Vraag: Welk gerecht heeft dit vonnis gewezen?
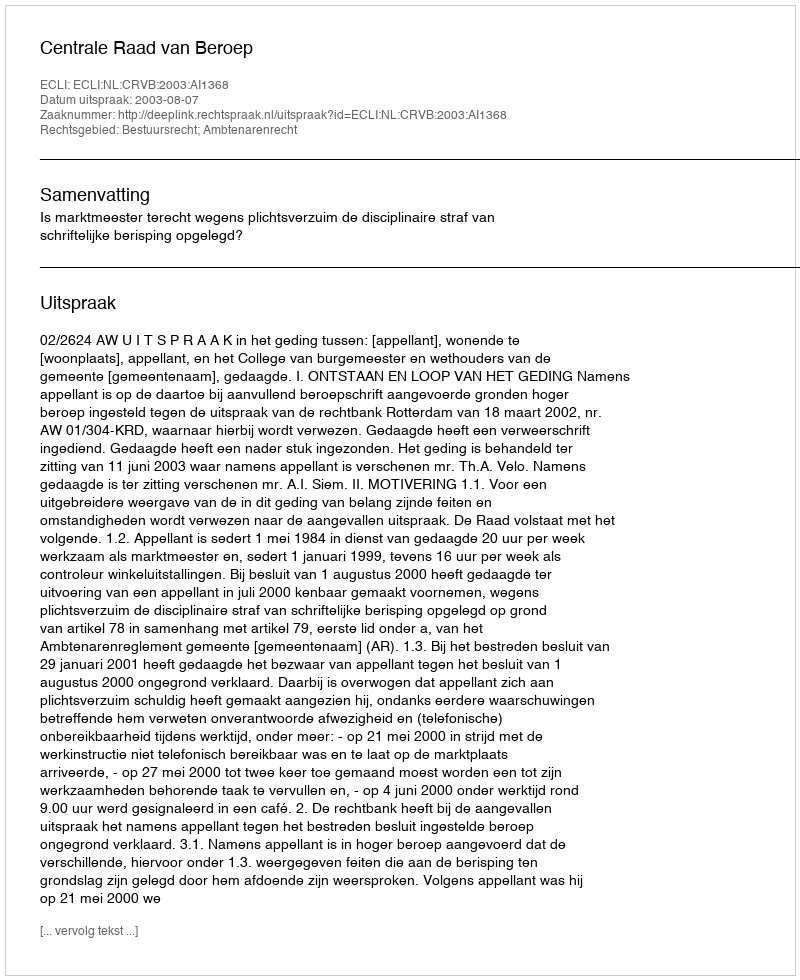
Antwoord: Centrale Raad van Beroep